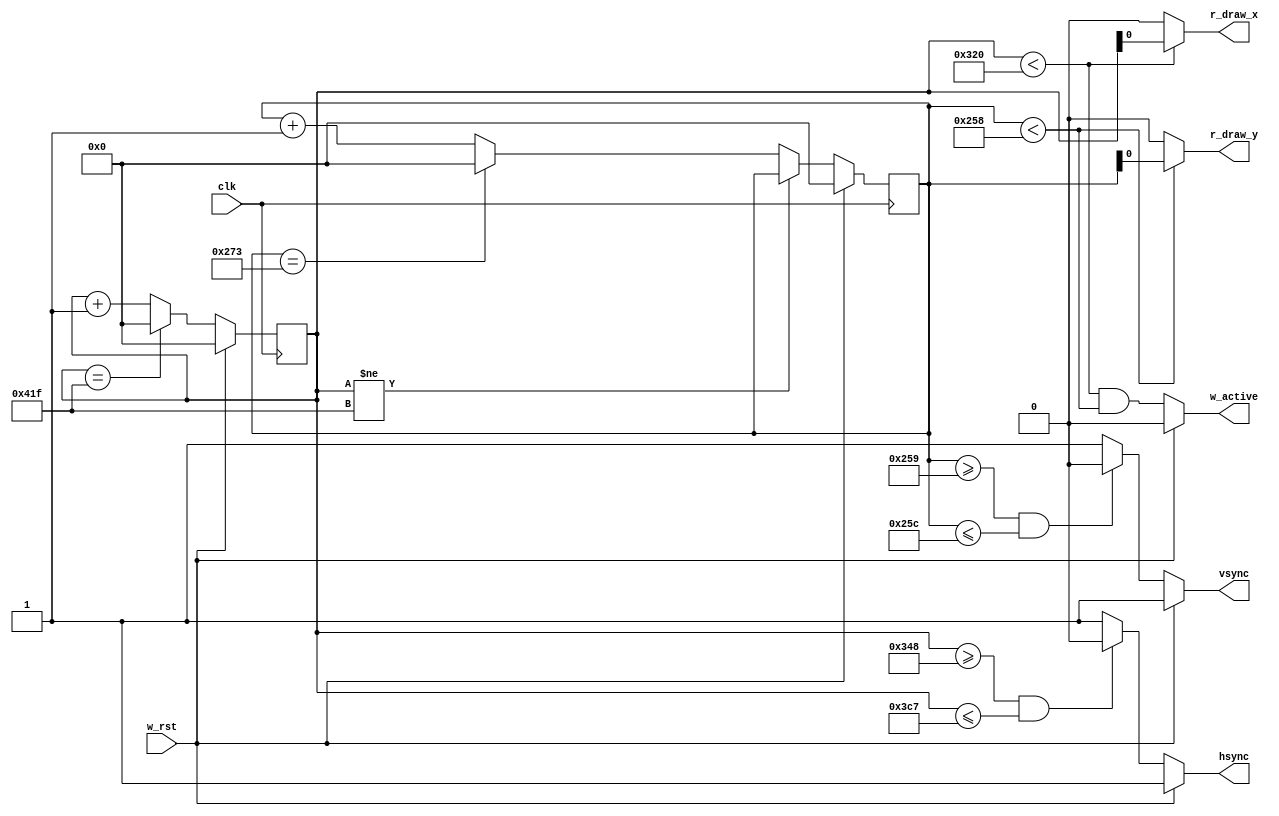
// Sync with display

module vga_sync
(
  input wire clk,
  input wire w_rst,
  output wire hsync,
  output wire vsync,
  output wire w_active,
  output wire r_draw_x,
  output wire r_draw_y
  );
  /********** 800 x 600 60Hz SVGA Controller **********/
  localparam SCREEN_WIDTH = 800;
  localparam SCREEN_HEIGHT = 600;
  reg [10:0] hcnt, vcnt;

  always @(posedge clk) begin
    hcnt   <= (w_rst) ? 0 : (hcnt==1055) ? 0 : hcnt + 1;
    vcnt   <= (w_rst) ? 0 : (hcnt!=1055) ? vcnt : (vcnt==627) ? 0 : vcnt + 1;
  end
  
  assign hsync = (w_rst) ? 1 : (hcnt>=840 && hcnt<=967) ? 0 : 1;
  assign vsync = (w_rst) ? 1 : (vcnt>=601 && vcnt<=604) ? 0 : 1;
  assign w_active = (w_rst) ? 0 : (hcnt < SCREEN_WIDTH && vcnt < SCREEN_HEIGHT);
  assign r_draw_x = (hcnt < SCREEN_WIDTH) ? hcnt : 0;
  assign r_draw_y = (vcnt < SCREEN_HEIGHT) ? vcnt : 0;


endmodule